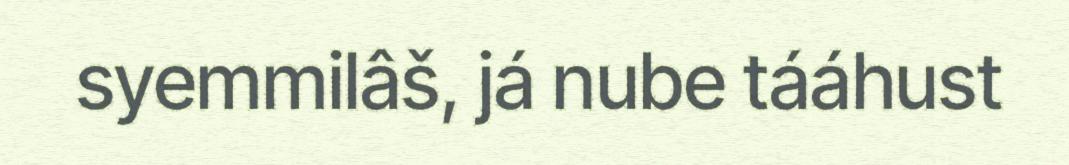
syemmilâš, já nube tááhust